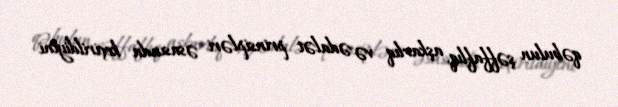
qəbulun şəffaflıq, aşkarlıq və ədalət prinsipləri əsasında keçirildiyini